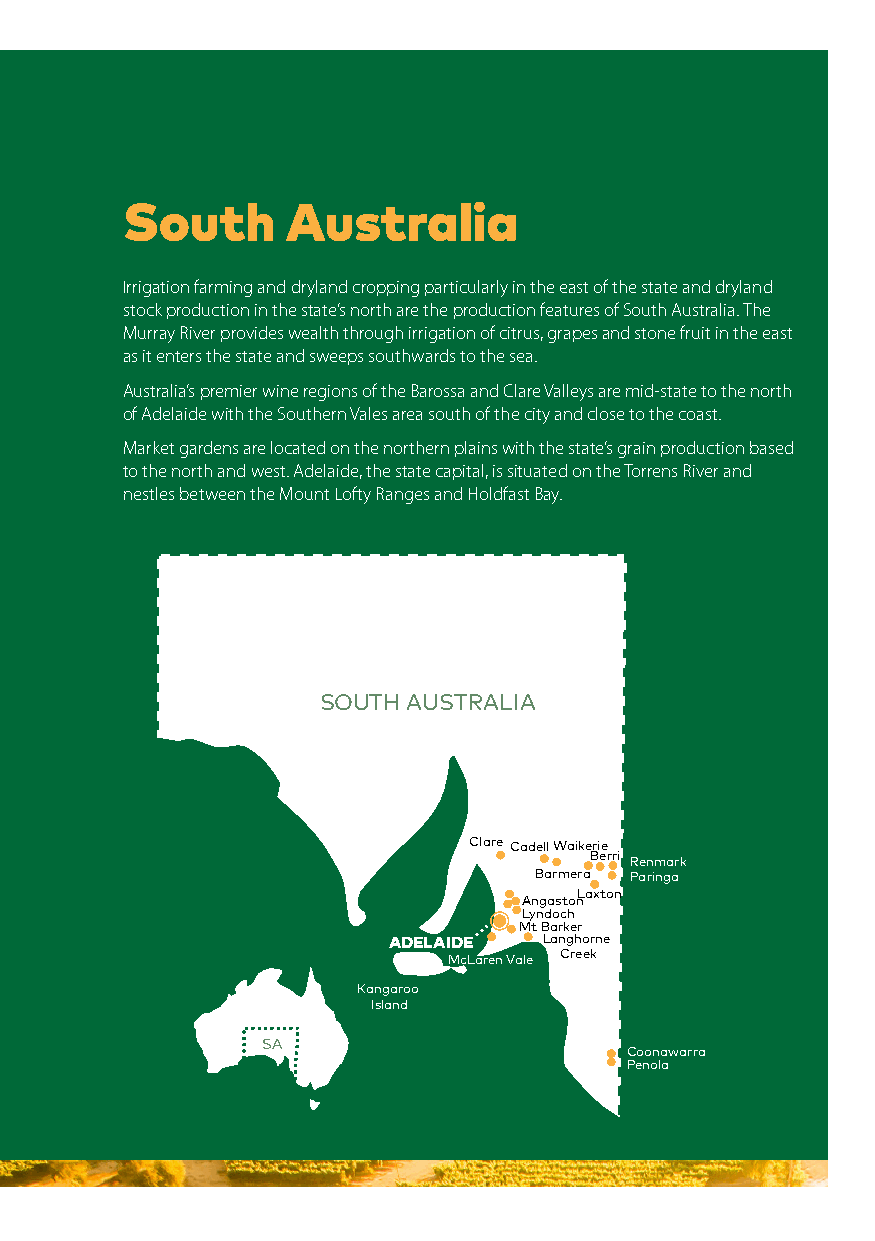
South      Australia
 Irrigation farming and dryland cropping particularly in the east of the state and dryland
 stock production in the state’s north are the production features of South Australia. The
 Murray River provides wealth through irrigation of citrus, grapes and stone fruit in the east
 as it enters the state and sweeps southwards to the sea.
 Australia’s premier wine regions of the Barossa and Clare Valleys are mid-state to the north
 of Adelaide with the Southern Vales area south of the city and close to the coast.
 Market gardens are located on the northern plains with the state’s grain production based
 to the north and west. Adelaide, the state capital, is situated on the Torrens River and
 nestles between the Mount Lofty Ranges and Holdfast Bay.
 SOUTH AUSTRALIA
 Clare CadellWaikerie
 Berri
 Renmark
 Barmera Paringa
 Laxton
 Angaston
 Lyndoch
 Mt Barker
 ADELAIDE  Langhorne
 McLaren Vale Creek
 Kangaroo
 Island
 SA
 Coonawarra
 Penola
 Work your way around Australia | 79